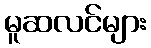
မူဆလင်များ